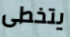
يتخطى